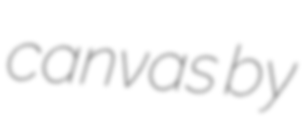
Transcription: canvas by